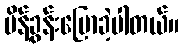
မိန့်ခွန်းပြောခဲ့ပါတယ်။